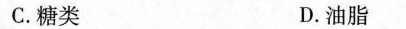
C.糖类 D.油脂